65_HS1-834228961_62-HQ-83894_Section_10
Agency: FBI
Page 55
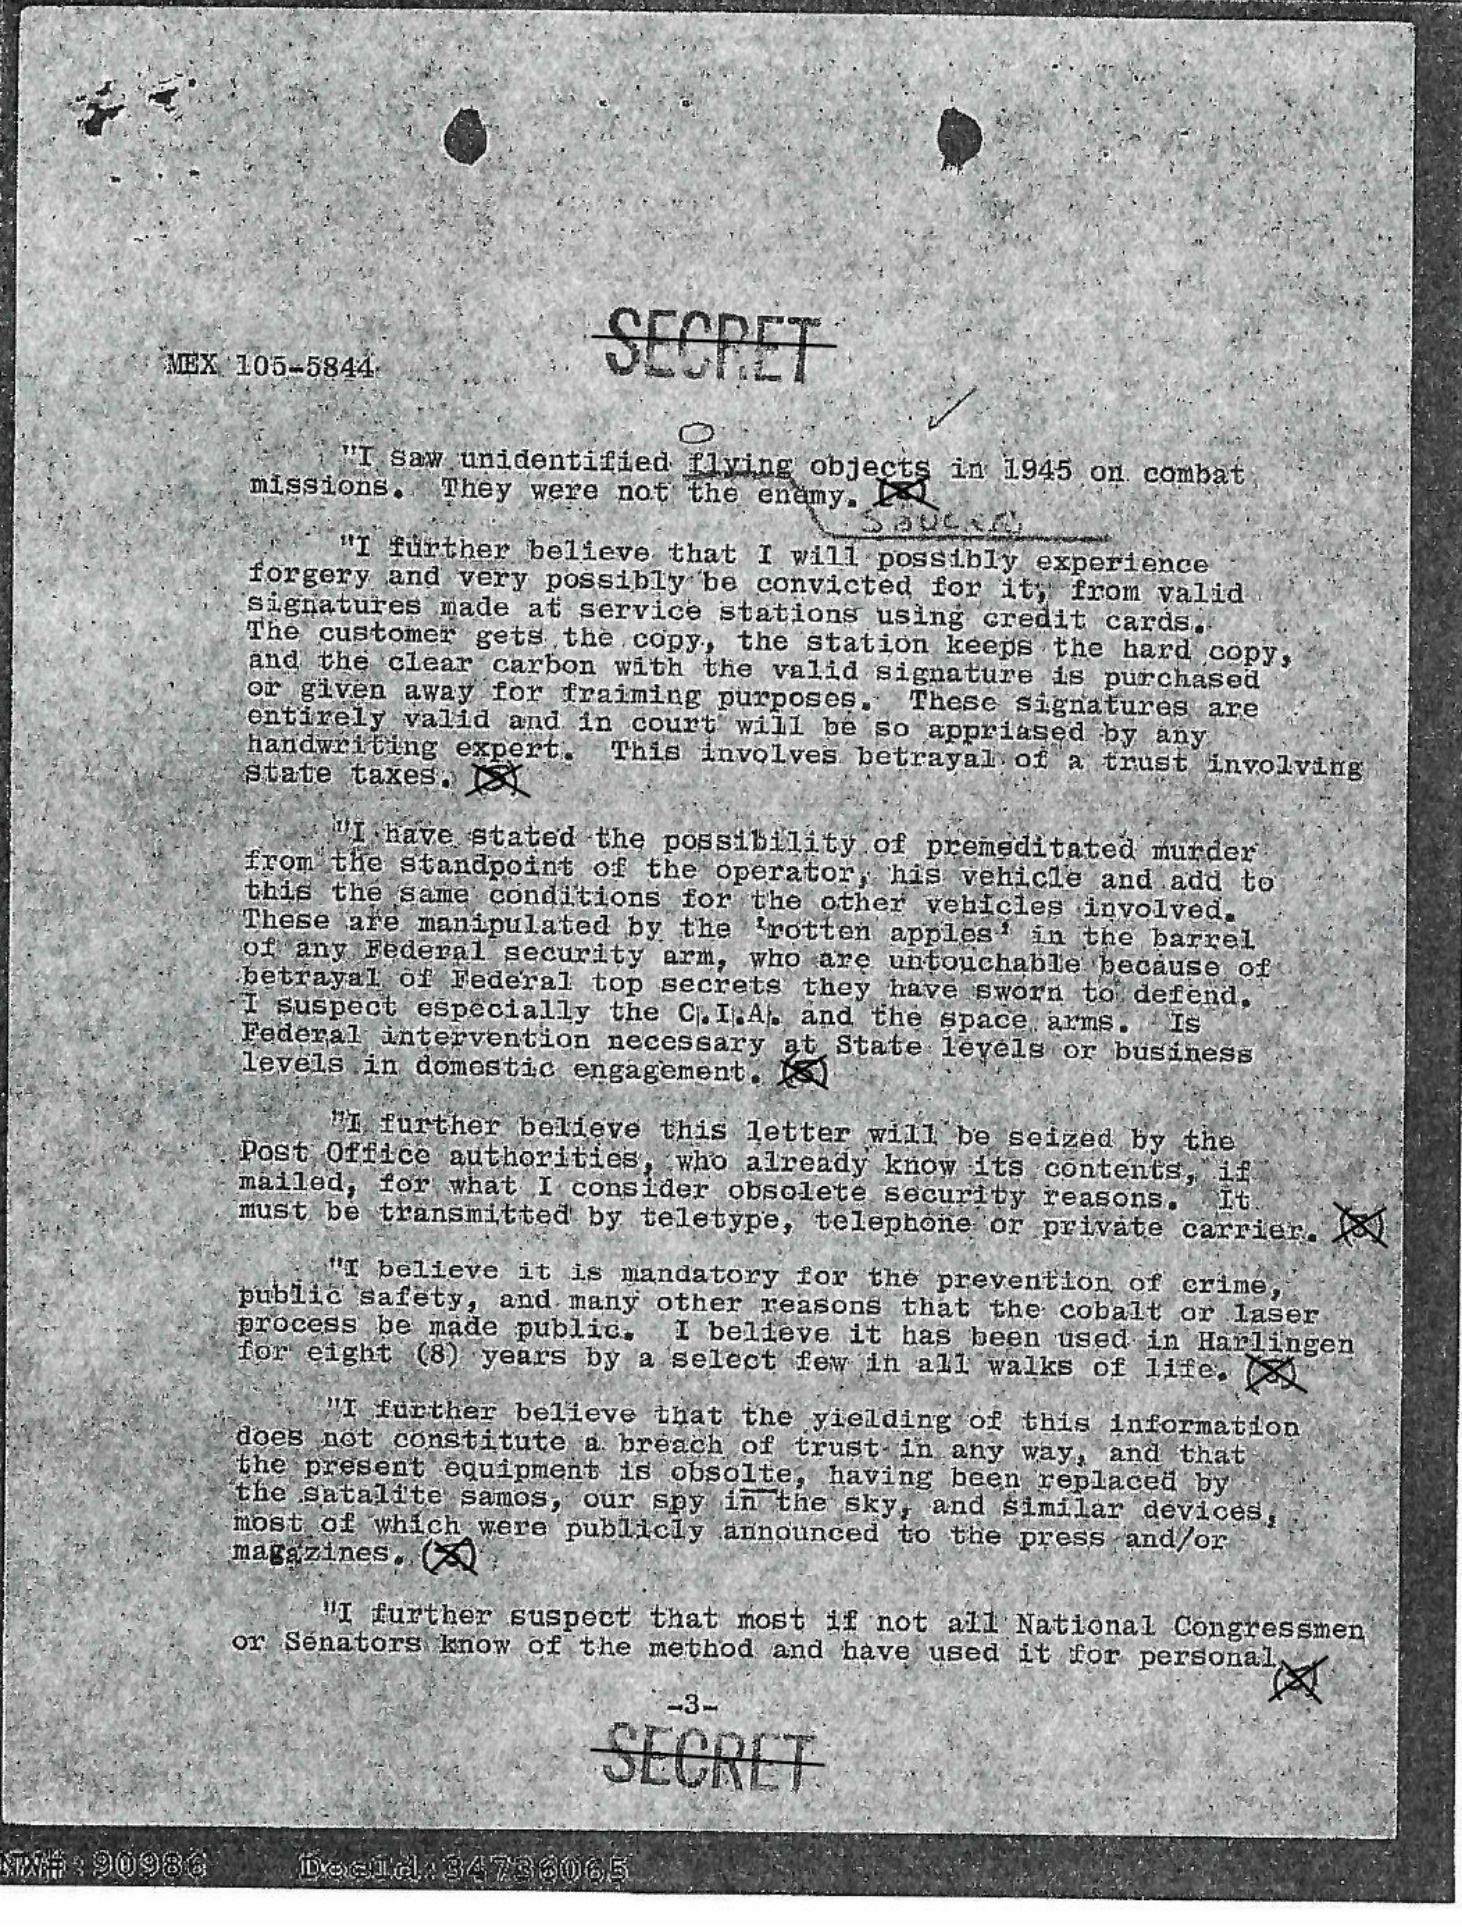